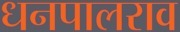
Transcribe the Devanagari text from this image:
धनपालराव